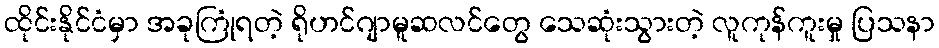
ထိုင်းနိုင်ငံမှာ အခုကြုံရတဲ့ ရိုဟင်ဂျာမူဆလင်တွေ သေဆုံးသွားတဲ့ လူကုန်ကူးမှု ပြသနာ